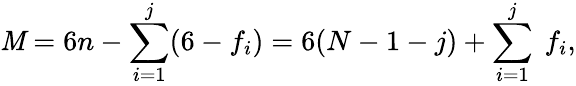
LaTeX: \mathit{M}=6n-\sum_{i=1}^{j}(6-f_{i})=6(N-1-j)+\sum_{i=1}^{j}\ f_{i},